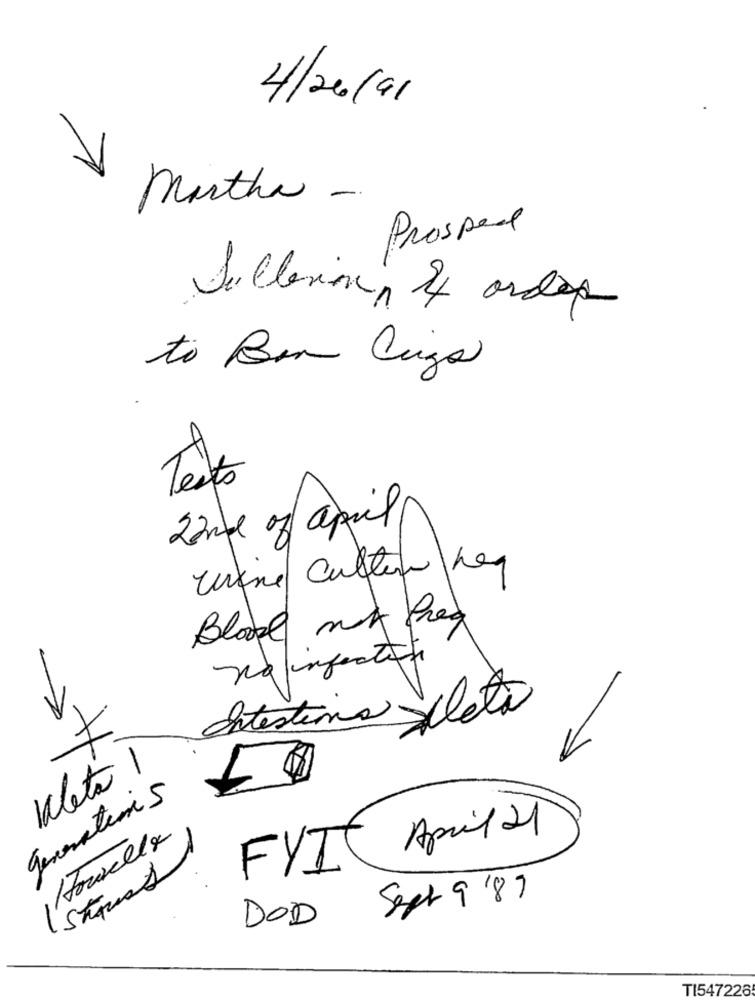
4/26/91
martha -
Prospect
to Bon Cugs
Testo
22me of april
urine Culten hag
Bloke no freq
na infection
Intestins Lletà
V1
Klete 1
generations
April 21
Howellx
FYI
Sept 9'89
DOD
TI547226